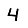
Digit: 4